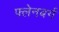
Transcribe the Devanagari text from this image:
फ्लेनबर्ग